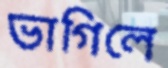
ভাগিলে